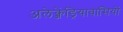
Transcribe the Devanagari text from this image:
अलेक्जेंड्रियावासियों